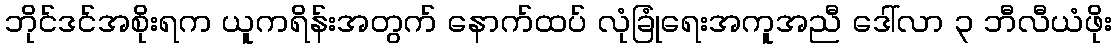
ဘိုင်ဒင်အစိုးရက ယူကရိန်းအတွက် နောက်ထပ် လုံခြုံရေးအကူအညီ ဒေါ်လာ ၃ ဘီလီယံဖိုး